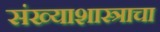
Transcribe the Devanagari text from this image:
संख्याशास्त्राचा